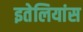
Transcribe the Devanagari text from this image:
इतेलियांस